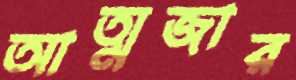
আত্মজার